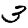
Digit: 3